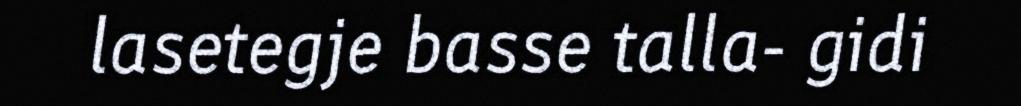
lasetegje basse talla- gidi